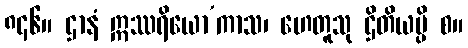
၈၄၆။ ဌာနံ ဣဿရိယော’ကာသ၊ ဟေတူသု ဌိတိယမ္ပိ စ။